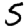
Digit: 5